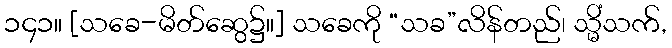
၁၄၁။ [သခေ-မိတ်ဆွေ၌။] သခေကို “သခ”လိန်တည်၊ သ္မိံသက်,